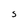
Character: S